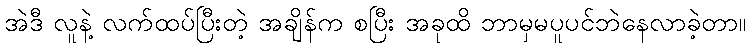
အဲဒီ လူနဲ့ လက်ထပ်ပြီးတဲ့ အချိန်က စပြီး အခုထိ ဘာမှမပူပင်ဘဲနေလာခဲ့တာ။